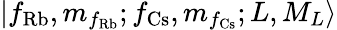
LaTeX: |f_{\mathrm{Rb}},m_{f_{\mathrm{Rb}}};f_{\mathrm{Cs}},m_{f_{\mathrm{Cs}}};L,M_{L}\rangle